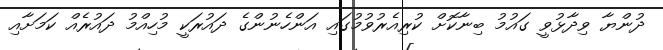
ދުންޔާ ވިދާޅުވީ ގައުމު ބިނާކޮށް ކުރިއެރުވުމުގައި އަންހެނުންގެ ދައުރަކީ މުހިއްމު ދައުރެއް ކަމަށާއި